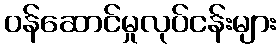
ဝန်ဆောင်မှုလုပ်ငန်းများ